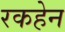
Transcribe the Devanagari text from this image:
रकहेन